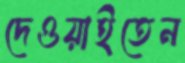
দেওয়াইতেন